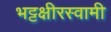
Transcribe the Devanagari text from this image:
भट्टक्षीरस्वामी